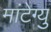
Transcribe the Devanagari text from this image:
मांटेग्यु